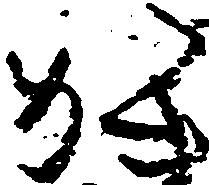
か